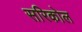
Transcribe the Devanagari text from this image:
सरिकोल